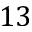
1 3